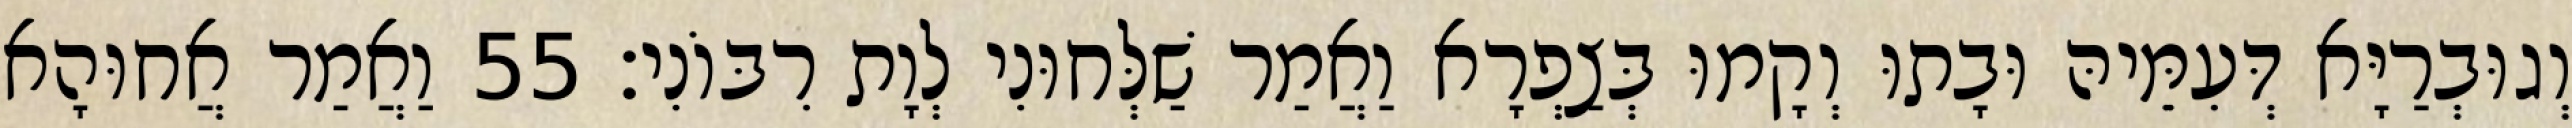
וְגוּבְרַיָּא דְּעִמֵּיהּ וּבָתוּ וְקָמוּ בְּצַפְרָא וַאֲמַר שַׁלְּחוּנִי לְוָת רִבּוֹנִי׃ 55 וַאֲמַר אֲחוּהָא